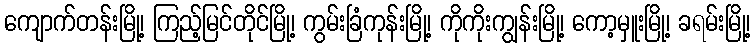
ကျောက်တန်းမြို့၊ ကြည့်မြင်တိုင်မြို့၊ ကွမ်းခြံကုန်းမြို့၊ ကိုကိုးကျွန်းမြို့၊ ကော့မှူးမြို့၊ ခရမ်းမြို့၊